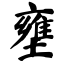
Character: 壅